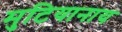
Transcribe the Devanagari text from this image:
मुटियानाय